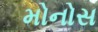
મોનોસ